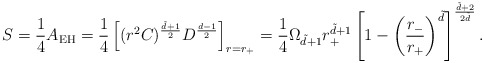
\begin{align*}S=\frac{1}{4}A_{\rm EH}=\frac{1}{4}\left[(r^2 C)^\frac{\tilde d+1}{2}D^\frac{d-1}{2} \right]_{r=r_+}=\frac{1}{4}\Omega_{\tilde d+1}r_+^{\tilde d+1}\left[1-\left(\frac{r_-}{r_+}\right)^{\tilde d} \right]^\frac{\tilde d+2}{2 \tilde d}.\end{align*}